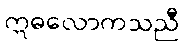
ဣဓလောကသညီ